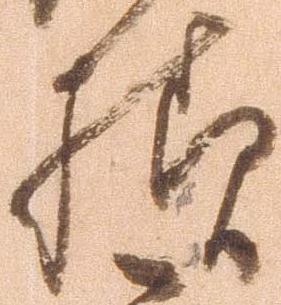
様